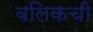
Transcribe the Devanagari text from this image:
बलिकची